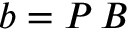
b = P \, B